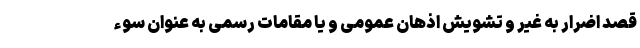
قصد اضرار به غیر و تشویش اذهان عمومی و یا مقامات رسمی به عنوان سوء